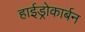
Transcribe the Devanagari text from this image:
हाईड्रोकार्बन